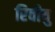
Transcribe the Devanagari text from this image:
रिवीयु